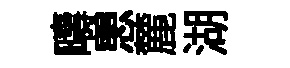
疇愳麓湖